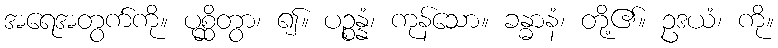
အရေအတွက်ကို။ ပုစ္ဆိတွာ၊ ၍။ ပဉ္စန္နံ၊ ကုန်သော။ ခန္ဓာနံ၊ တို့၏။ ဥဒယံ၊ ကို။